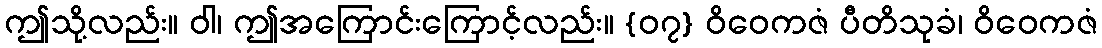
ဤသို့လည်း။ ဝါ၊ ဤအကြောင်းကြောင့်လည်း။ {၀၇} ဝိဝေကဇံ ပီတိသုခံ၊ ဝိဝေကဇံ